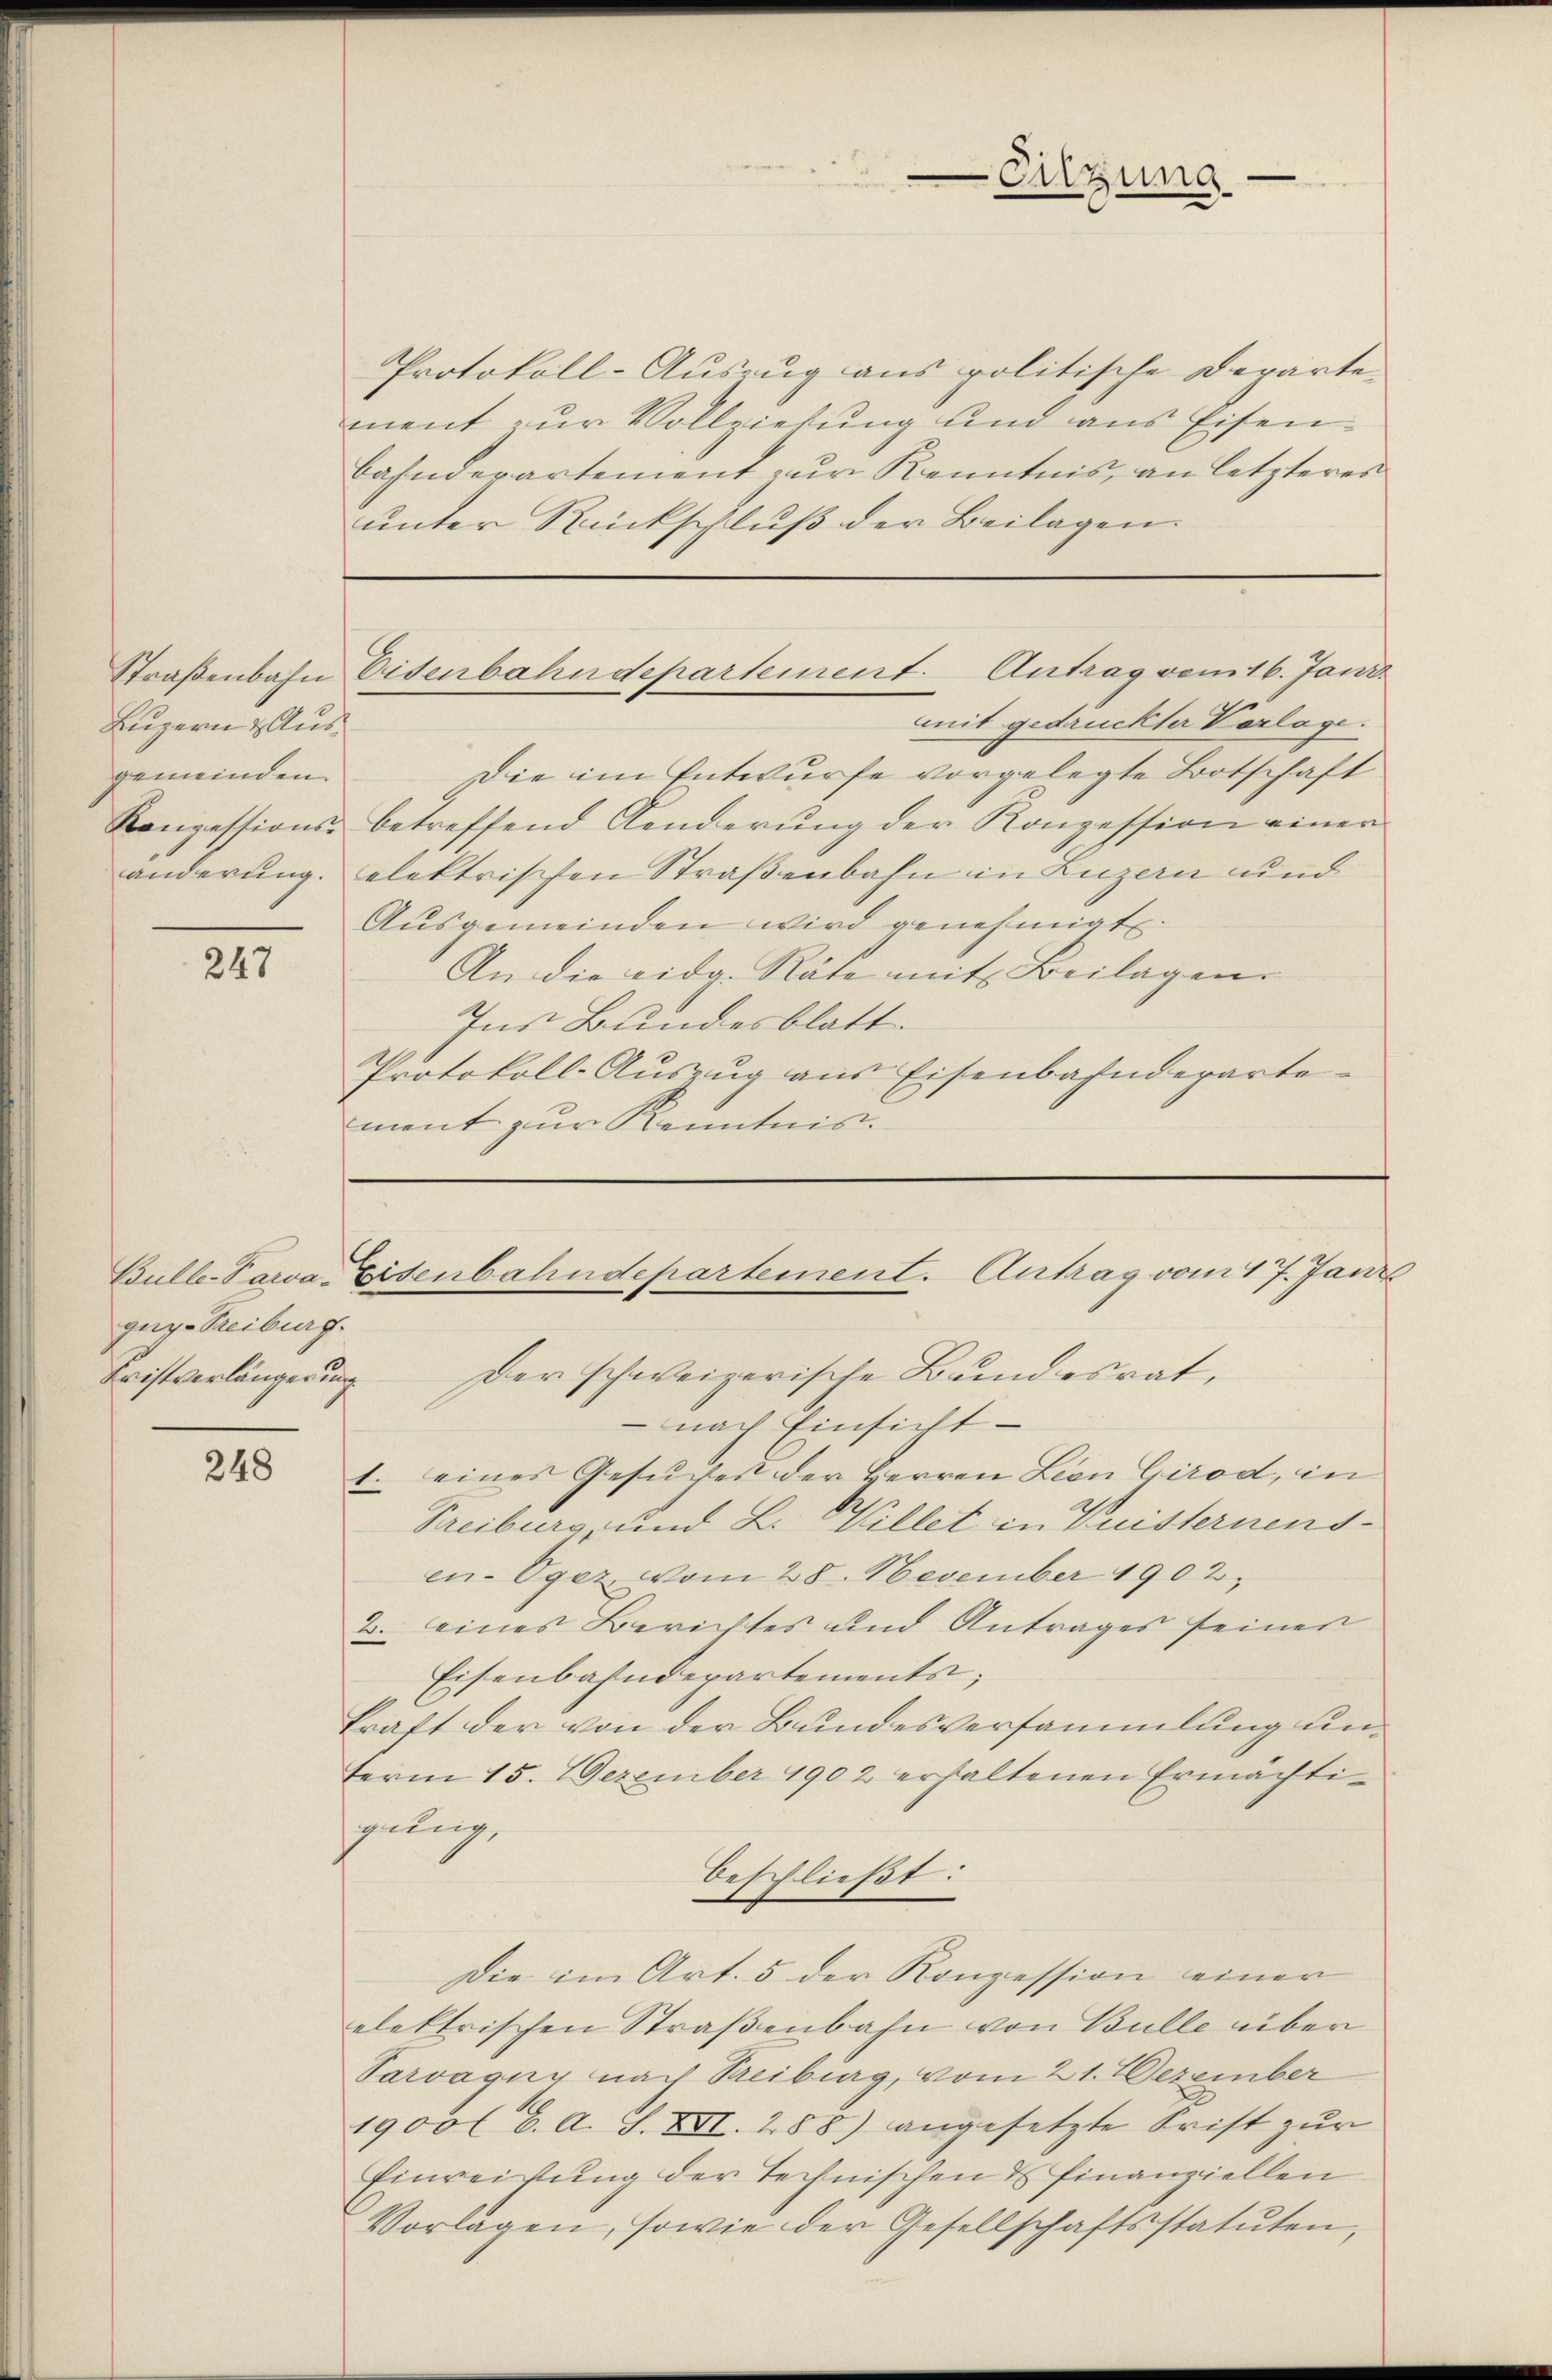
Luzern & Ausgemeinden.

247

gug-Treiburg.

248

Protokoll-Auszug aus politische Departement zur Vollziehung und aus Eisenbahnderartement zur Kenntnis, an letzteres
unter Rückschluß der Beilagen.

Entzung

Straßenbahn Eisenbahndepartement. Antrag vom 16. Janr.

Bulle-Para-Eisenbahndepartement. Antrag vom 17. Janis

mit gedruckter Verlage.
Die im Entwurfe vorgelegte Bootschaft
Ronzessions- betreffend Aenderŭng der Konzession einer
änderung. elektrischen Straßenbahn in Luzern und
Aŭsgemeinden wird genehmigt.
An die eidg. Räte mit Beilagen
Ins Bundesblatt.
Protokoll-Auszug aus Eisenbahndepartement zur Kenntnis.

Fristverlängerung der schweizerische Bundesrat,
 nach Einsicht
1. eines Gesuches der Herren Leon Girod, in
Freiburg, und L. Willet in Puisternensen-Ogez vom 28. November 1902.
2. eines Berichtes und Antrages seinen
Eisenbahndepartements;
kraft der von der Bundesversammlung unterm 15. Dezember 1902 erhaltenen Ermächtigung,
beschließt:
Die im Art. 5 der Konzession einer
elektrischen Straßenbahn von Bulle über
Parvagny nach Treibiag, vom 21. Dezember
1900 l. C. A. S. XVI. 288) angesetzte Frist zur
Einreichung der technischen & Finanziellen
Vorlagen, sowie der Gesellschaftsstatuten,